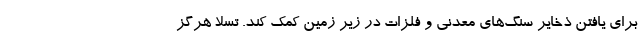
برای یافتن ذخایر سنگ‌های معدنی و فلزات در زیر زمین کمک کند. تسلا هرگز